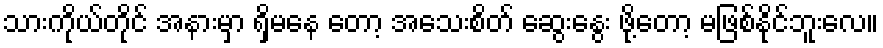
သားကိုယ်တိုင် အနားမှာ ရှိမနေ တော့ အသေးစိတ် ဆွေးနွေး ဖို့တော့ မဖြစ်နိုင်ဘူးလေ။